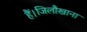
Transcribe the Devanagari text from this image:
हैं।जिलौखाना